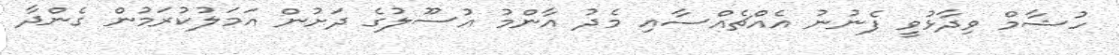
ހުޝާމް ވިދާޅުވީ ފެނުނު އެއްޗެއްސާއި މެދު އާންމު އުސޫލުގެ ދަށުން އަމަލުކުރަމުން ގެންދާ